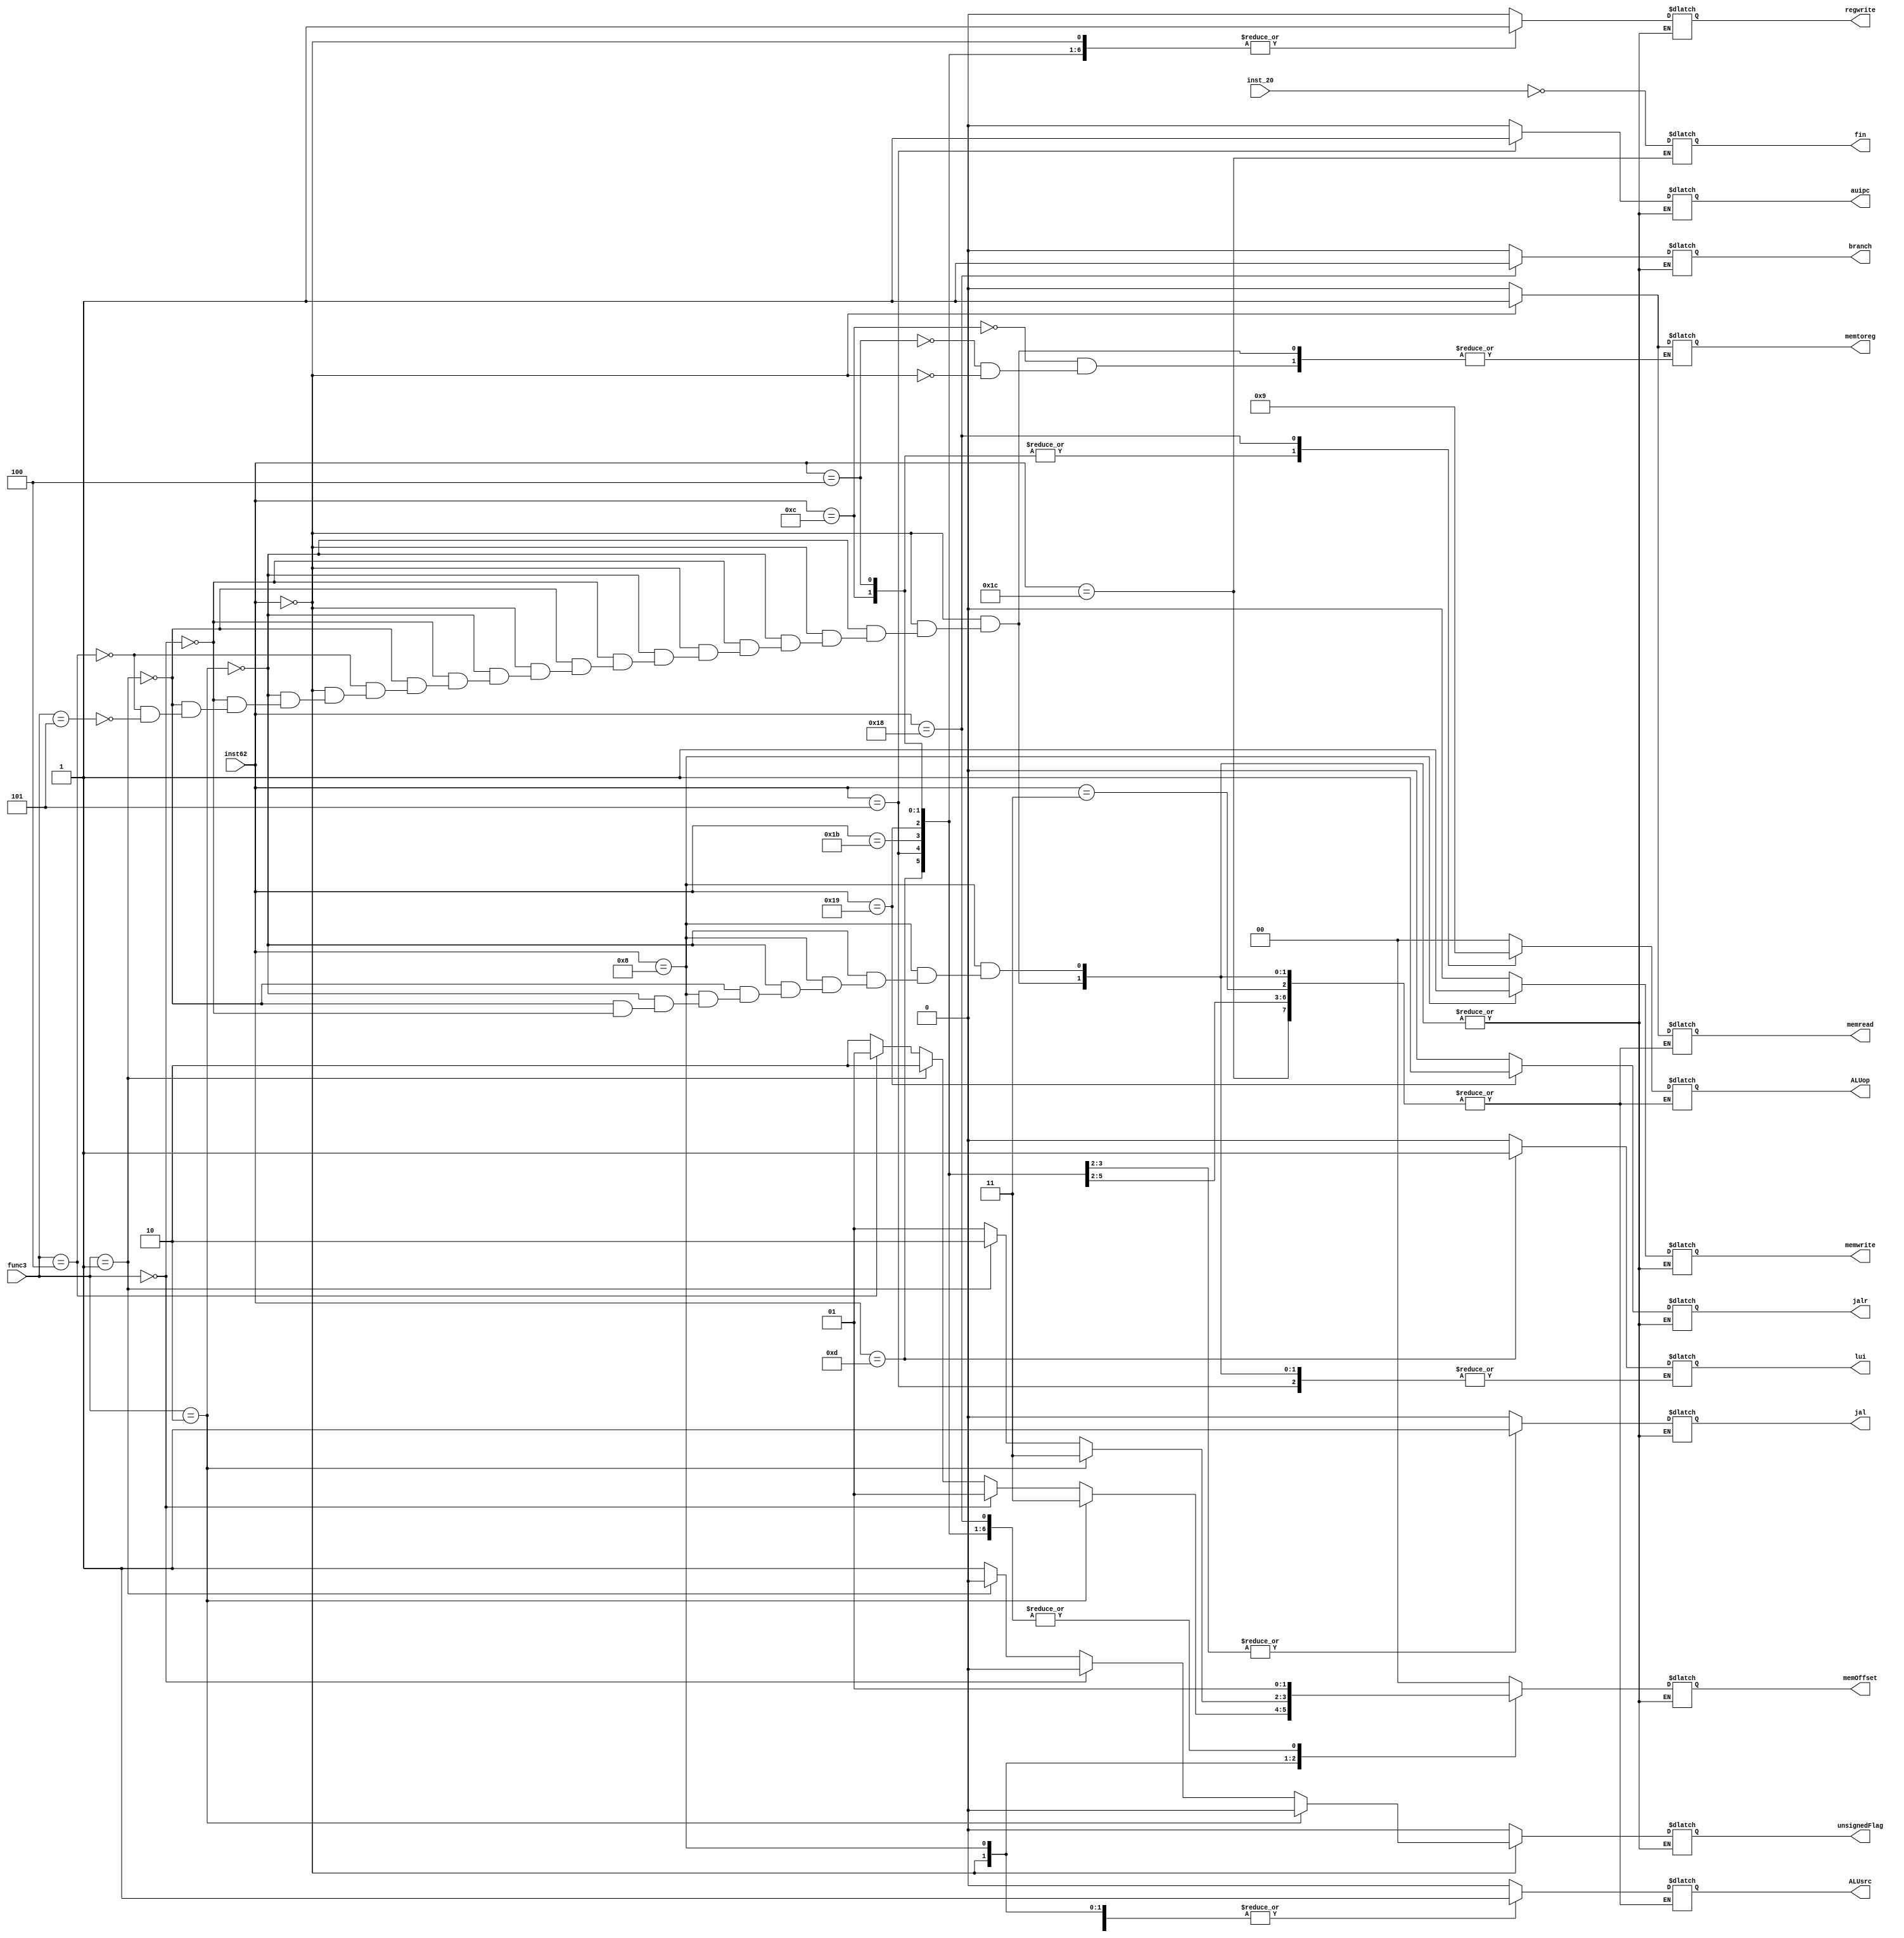
`timescale 1ns / 1ps
//////////////////////////////////////////////////////////////////////////////////
// Company: 
// Engineer: 
// 
// Design Name: 
// Module Name: cu
// Project Name: 
// Target Devices: 
// Tool Versions: 
// Description: 
// 
// Dependencies: 
// 
// Revision:
// Revision 0.01 - File Created
// Additional Comments:
// 
//////////////////////////////////////////////////////////////////////////////////


module cu(
    input inst_20,
    input [4:0] inst62,
    input [2:0] func3,
    output reg branch,
    output reg memread,
    output reg memtoreg,
    output reg [1:0] ALUop,
    output reg memwrite,
    output reg ALUsrc,
    output reg regwrite,
    output reg jal,
    output reg jalr,
    output reg lui, 
    output reg auipc, 
    output reg unsignedFlag,
    output reg [1:0] memOffset,
    output reg fin
    );
    initial begin fin = 0; end
    
    always@* begin
        case(inst62)
            5'b01100: begin branch = 0; memread = 0; memtoreg = 0; ALUop = 2; memwrite = 0; ALUsrc = 0; regwrite = 1; auipc = 0; lui = 0; jal = 0; jalr = 0; memOffset = 2'b01; unsignedFlag = 0; end 
            5'b00100: begin branch = 0; memread = 0; memtoreg = 0; ALUop = 2; memwrite = 0; ALUsrc = 1; regwrite = 1; auipc = 0; lui = 0; jal = 0; jalr = 0; memOffset = 2'b01; unsignedFlag = 0; end
            5'b00000: begin
                        if (func3 == 3'b010) begin // lw
                              branch = 0; memread = 1; memtoreg = 1; ALUop = 0; memwrite = 0; ALUsrc = 1; regwrite = 1; auipc = 0; lui = 0; jal = 0; jalr = 0; memOffset = 2'b11; unsignedFlag = 0;
                              end
                        else if (func3 ==3'b000) begin // lb 
                              branch = 0; memread = 1; memtoreg = 1; ALUop = 0; memwrite = 0; ALUsrc = 1; regwrite = 1; auipc = 0; lui = 0; jal = 0; jalr = 0; memOffset = 2'b01; unsignedFlag = 0;
                              end
                        else if (func3 == 3'b001) begin // lh 
                              branch = 0; memread = 1; memtoreg = 1; ALUop = 0; memwrite = 0; ALUsrc = 1; regwrite = 1; auipc = 0; lui = 0; jal = 0; jalr = 0; memOffset = 2'b10; unsignedFlag = 0; 
                              end
                        else if (func3 == 3'b100) begin // lbu 
                              branch = 0; memread = 1; memtoreg = 1; ALUop = 0; memwrite = 0; ALUsrc = 1; regwrite = 1; auipc = 0; lui = 0; jal = 0; jalr = 0; memOffset = 2'b01; unsignedFlag = 1;
                              end
                        else if (func3 == 3'b101) begin // lhu 
                              branch = 0; memread = 1; memtoreg = 1; ALUop = 0; memwrite = 0; ALUsrc = 1; regwrite = 1; auipc = 0; lui = 0; jal = 0; jalr = 0; memOffset = 2'b10; unsignedFlag = 1;
                              end
                    end 
                     
            5'b01000: begin // s type
                       if (func3 == 3'b010) begin // sw 
                            branch = 0; memread = 0; ALUop = 0; memwrite = 1; ALUsrc = 1; regwrite = 0; auipc = 0; lui = 0; jal = 0; jalr = 0; memOffset = 2'b11; unsignedFlag = 0;
                       end
                       else if(func3 == 3'b001) begin // sh  
                            branch = 0; memread = 0; ALUop = 0; memwrite = 1; ALUsrc = 1; regwrite = 0; auipc = 0; lui = 0; jal = 0; jalr = 0; memOffset = 2'b10; unsignedFlag = 0;
                       end
                       else if (func3 == 3'b000) begin  // sb
                            branch = 0; memread = 0; ALUop = 0; memwrite = 1; ALUsrc = 1; regwrite = 0; auipc = 0; lui = 0; jal = 0; jalr = 0; memOffset = 2'b01; unsignedFlag = 0;
                       end
                   end
            5'b11000: begin branch = 1; memread = 0; ALUop = 1; memwrite = 0; ALUsrc = 0; regwrite = 0; auipc = 0; lui = 0; jal = 0; jalr = 0; memOffset = 2'b01; unsignedFlag = 0; end // branch
            5'b01101: begin branch = 0; lui = 1; auipc = 0; jal = 0; jalr = 0; regwrite = 1; memwrite = 0; memOffset = 2'b01; unsignedFlag = 0; end // lui
            5'b00101: begin branch = 0; auipc = 1; regwrite = 1; memwrite = 0; jal = 0; jalr = 0; memOffset = 2'b01; unsignedFlag = 0;  end //  auipc
            5'b11011: begin branch = 0; auipc = 0; lui = 0; jal = 1; jalr = 0;  memwrite = 0;  regwrite = 1; memOffset = 2'b01; unsignedFlag = 0; end // jal
            5'b11001: begin branch = 0; auipc = 0; lui = 0; jal = 1; jalr = 1;  memwrite = 0;  regwrite = 1; memOffset = 2'b01; unsignedFlag = 0; end // jalr
            5'b11100: begin branch = 0; auipc = 0; lui = 0; jal = 0; jalr = 0;  memwrite = 0;  regwrite = 0; memOffset = 2'b00;  unsignedFlag = 0;
            fin = !inst_20; end
            5'b00011:  begin branch = 0; auipc = 0; lui = 0; jal = 0; jalr = 0;  memwrite = 0;  regwrite = 0; memOffset = 2'b00; unsignedFlag = 0; end
            default : begin  branch = 0; memread = 0; ALUop = 0; memwrite = 0; ALUsrc = 0; regwrite = 0; auipc = 0; lui = 0; jal = 0; jalr = 0; memOffset = 2'b00; unsignedFlag = 0; end 
        endcase
    end
endmodule